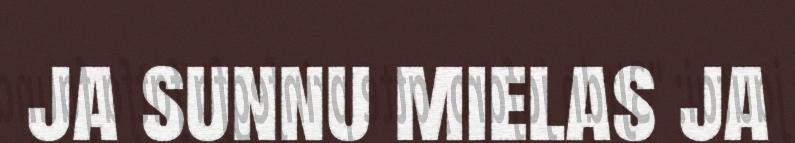
ja sunnu mielas ja